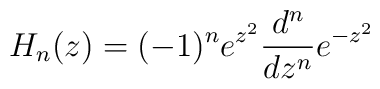
H_n(z) = (-1)^n e^{z^2} \frac{d^n}{dz^n} e^{-z^2}